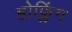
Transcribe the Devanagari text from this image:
होफ्लिंग